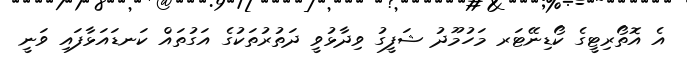
އެ އޮތޯރިޓީގެ ކޯޑިނޭޓަރ މަހުމޫދު ޝަފީގު ވިދާޅުވީ ދަތުރުތަކުގެ އަގުތައް ކަނޑައަޅާފައި ވަނީ